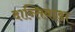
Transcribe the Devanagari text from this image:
दान्तिवाड़ा